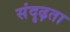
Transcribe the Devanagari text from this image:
संदृढ़ता